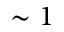
\sim 1